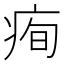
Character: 𤶇